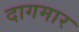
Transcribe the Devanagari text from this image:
दागमार